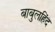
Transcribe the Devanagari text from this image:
बाबुलहिंद